Annual report of the Punjab Veterinary College and of the Civil Veterinary Department, Punjab - 1926-1932
Year: 1926
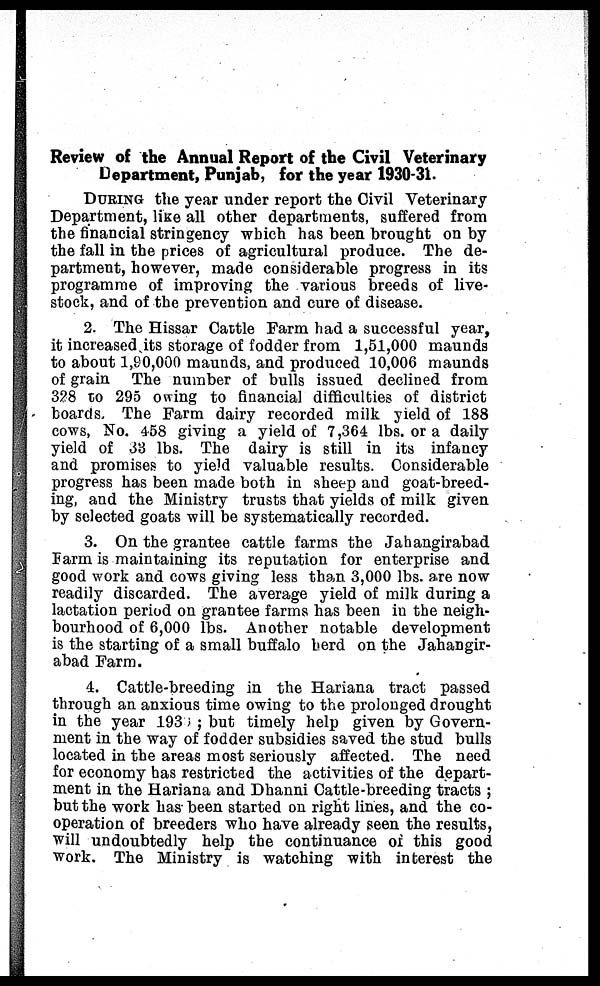
Review of the Annual Report of the Civil Veterinary
Department, Punjab, for the year 1930-31.
DURING the year under report the Civil Veterinary
Department, like all other departments, suffered from
the financial stringency which has been brought on by
the fall in the prices of agricultural produce. The de-
partment, however, made considerable progress in its
programme of improving the various breeds of live-
stock, and of the prevention and cure of disease.
2. The Hissar Cattle Farm had a successful year,
it increased its storage of fodder from 1,51,000 maunds
to about 1,90,000 maunds, and produced 10,006 maunds
of grain The number of bulls issued declined from
328 to 295 owing to financial difficulties of district
boards. The Farm dairy recorded milk yield of 188
cows, No. 458 giving a yield of 7,364 lbs. or a daily
yield of 33 lbs. The dairy is still in its infancy
and promises to yield valuable results. Considerable
progress has been made both in sheep and goat-breed-
ing, and the Ministry trusts that yields of milk given
by selected goats will be systematically recorded.
3. On the grantee cattle farms the Jahangirabad
Farm is maintaining its reputation for enterprise and
good work and cows giving less than 3,000 lbs. are now
readily discarded. The average yield of milk during a
lactation period on grantee farms has been in the neigh-
bourhood of 6,000 lbs. Another notable development
is the starting of a small buffalo berd on the Jahangir-
abad Farm.
4. Cattle-breeding in the Hariana tract passed
through an anxious time owing to the prolonged drought
in the year 1939; but timely help given by Govern-
ment in the way of fodder subsidies saved the stud bulls
located in the areas most seriously affected. The need
for economy has restricted the activities of the depart-
ment in the Hariana and Dhanni Cattle-breeding tracts;
but the work has been started on right lines, and the co-
operation of breeders who have already seen the results,
will undoubtedly help the continuance of this good
work. The Ministry is watching with interest the